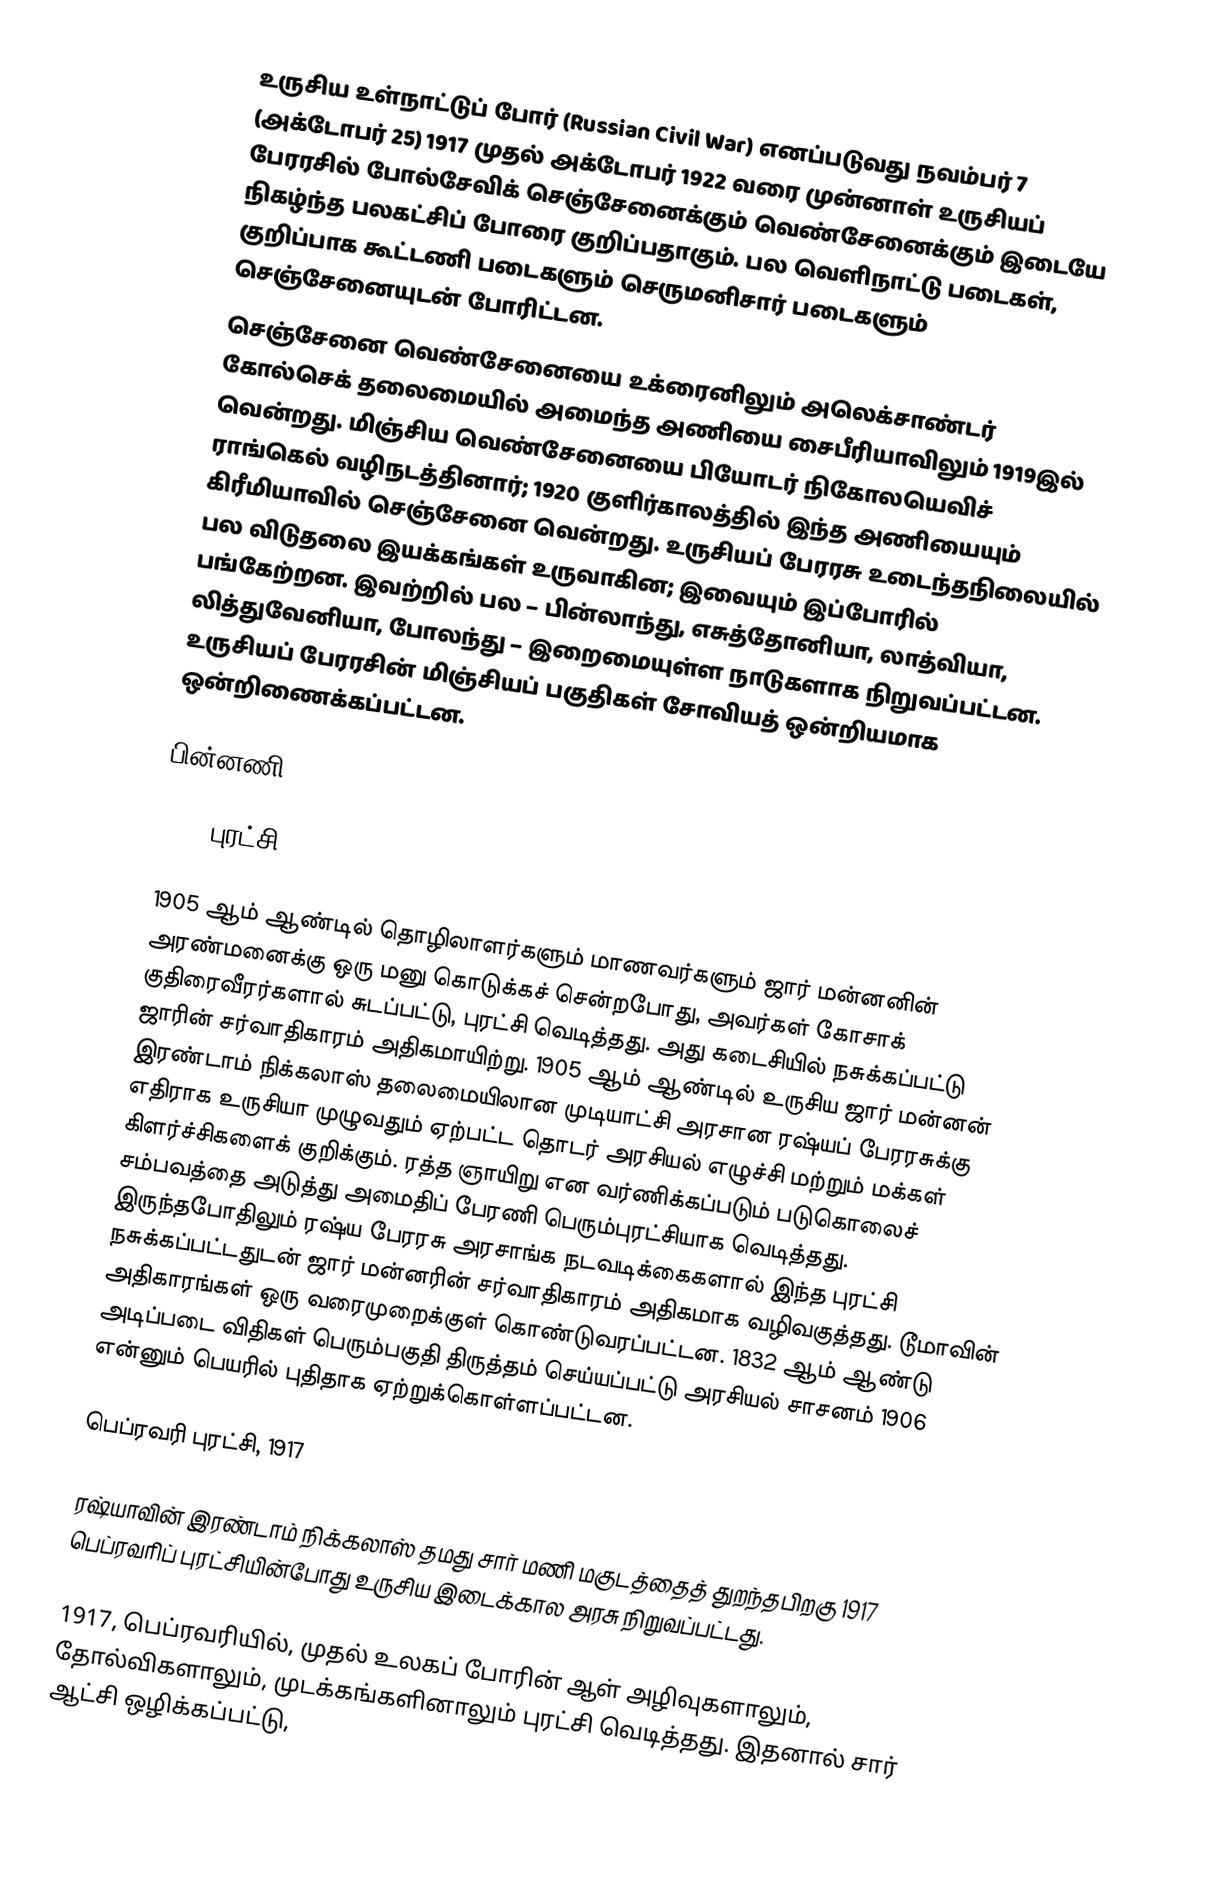
உருசிய உள்நாட்டுப் போர் (Russian Civil War) எனப்படுவது நவம்பர் 7 (அக்டோபர் 25) 1917 முதல் அக்டோபர் 1922 வரை முன்னாள் உருசியப் பேரரசில் போல்சேவிக்  செஞ்சேனைக்கும் வெண்சேனைக்கும் இடையே நிகழ்ந்த பலகட்சிப் போரை குறிப்பதாகும். பல வெளிநாட்டு படைகள், குறிப்பாக கூட்டணி படைகளும் செருமனிசார் படைகளும்  செஞ்சேனையுடன் போரிட்டன.
செஞ்சேனை  வெண்சேனையை உக்ரைனிலும் அலெக்சாண்டர் கோல்செக் தலைமையில் அமைந்த அணியை சைபீரியாவிலும் 1919இல் வென்றது. மிஞ்சிய வெண்சேனையை பியோடர் நிகோலயெவிச் ராங்கெல் வழிநடத்தினார்; 1920 குளிர்காலத்தில் இந்த அணியையும் கிரீமியாவில் செஞ்சேனை வென்றது. உருசியப் பேரரசு உடைந்தநிலையில் பல விடுதலை இயக்கங்கள் உருவாகின; இவையும் இப்போரில் பங்கேற்றன. இவற்றில் பல – பின்லாந்து, எசுத்தோனியா, லாத்வியா, லித்துவேனியா,  போலந்து – இறைமையுள்ள நாடுகளாக நிறுவப்பட்டன. உருசியப் பேரரசின் மிஞ்சியப் பகுதிகள்  சோவியத் ஒன்றியமாக ஒன்றிணைக்கப்பட்டன.

பின்னணி

1905 புரட்சி

1905 ஆம் ஆண்டில் தொழிலாளர்களும் மாணவர்களும் ஜார் மன்னனின் அரண்மனைக்கு ஒரு மனு கொடுக்கச் சென்றபோது, அவர்கள் கோசாக் குதிரைவீரர்களால் சுடப்பட்டு, புரட்சி வெடித்தது. அது கடைசியில் நசுக்கப்பட்டு ஜாரின் சர்வாதிகாரம் அதிகமாயிற்று. 1905 ஆம் ஆண்டில் உருசிய ஜார் மன்னன் இரண்டாம் நிக்கலாஸ் தலைமையிலான முடியாட்சி அரசான ரஷ்யப் பேரரசுக்கு எதிராக உருசியா முழுவதும் ஏற்பட்ட தொடர் அரசியல் எழுச்சி மற்றும் மக்கள் கிளர்ச்சிகளைக் குறிக்கும். ரத்த ஞாயிறு என வர்ணிக்கப்படும் படுகொலைச் சம்பவத்தை அடுத்து அமைதிப் பேரணி பெரும்புரட்சியாக வெடித்தது. இருந்தபோதிலும் ரஷ்ய பேரரசு அரசாங்க நடவடிக்கைகளால் இந்த புரட்சி நசுக்கப்பட்டதுடன் ஜார் மன்னரின் சர்வாதிகாரம் அதிகமாக வழிவகுத்தது. டூமாவின் அதிகாரங்கள் ஒரு வரைமுறைக்குள் கொண்டுவரப்பட்டன. 1832 ஆம் ஆண்டு அடிப்படை விதிகள் பெரும்பகுதி திருத்தம் செய்யப்பட்டு அரசியல் சாசனம் 1906 என்னும் பெயரில் புதிதாக ஏற்றுக்கொள்ளப்பட்டன.

பெப்ரவரி புரட்சி, 1917

ரஷ்யாவின் இரண்டாம் நிக்கலாஸ் தமது சார் மணி மகுடத்தைத் துறந்தபிறகு 1917 பெப்ரவரிப் புரட்சியின்போது உருசிய இடைக்கால அரசு  நிறுவப்பட்டது.

1917, பெப்ரவரியில், முதல் உலகப் போரின் ஆள் அழிவுகளாலும், தோல்விகளாலும், முடக்கங்களினாலும் புரட்சி வெடித்தது. இதனால் சார் ஆட்சி ஒழிக்கப்பட்டு,